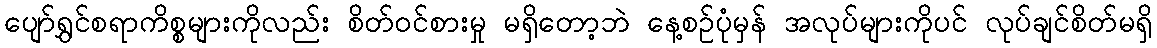
ပျော်ရွှင်စရာကိစ္စများကိုလည်း စိတ်ဝင်စားမှု မရှိတော့ဘဲ နေ့စဉ်ပုံမှန် အလုပ်များကိုပင် လုပ်ချင်စိတ်မရှိ